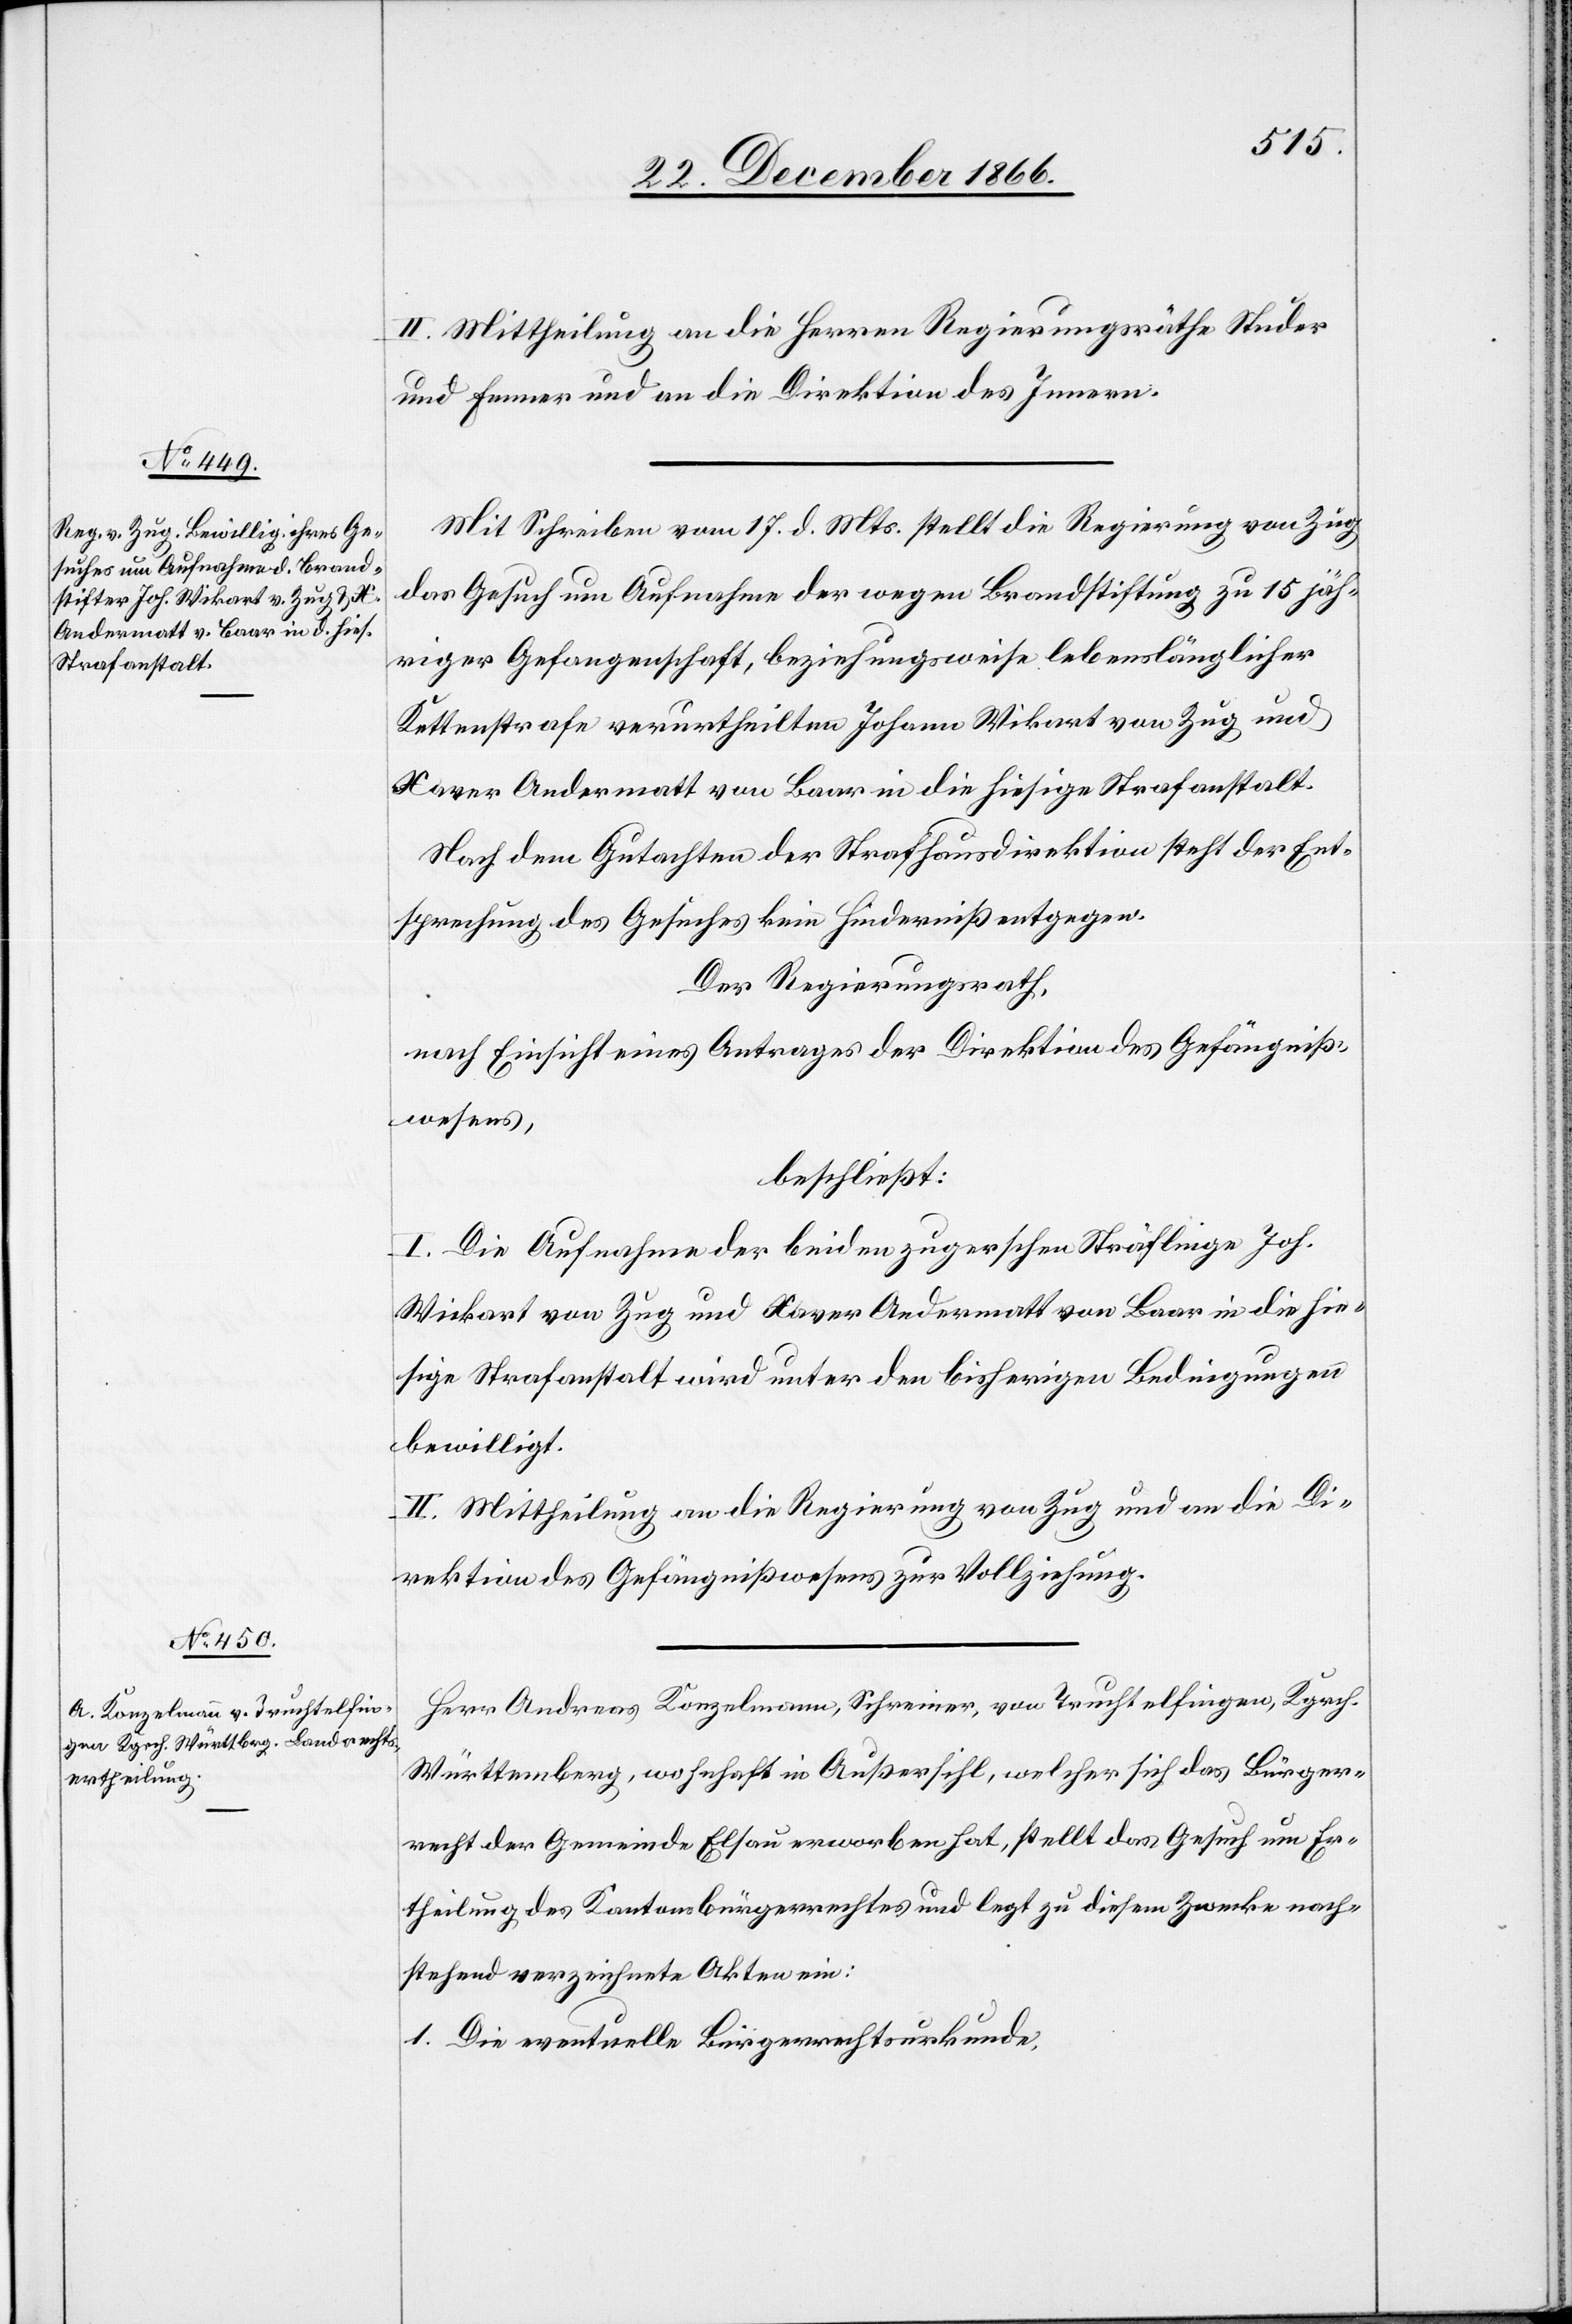
II. Mittheilung an die Herren Regierungsräthe Studer
und Fenner und an die Direktion des Innern.
Mit Schreiben vom 17. d. Mts. stellt die Regierung von Zug
das Gesuch um Aufnahme der wegen Brandstiftung zu 15 jäh¬
riger Gefangenschaft, beziehungsweise lebenslänglicher
Kettenstrafe verurtheilten Johann Wikart von Zug und
Xaver Andermatt von Baar in die hiesige Strafanstalt.
Nach dem Gutachten der Strafhausdirektion steht der Ent¬
sprechung des Gesuches kein Hinderniß entgegen.
Der Regierungsrath,
nach Einsicht eines Antrages der Direktion des Gefängniß¬
wesens,
beschließt:
I. Die Aufnahme der beiden zugerschen Sträflinge Joh.
[sic!] von Zug und Xaver Andermatt von Baar in die hie¬
sige Strafanstalt wird unter den bisherigen Bedingungen
bewilligt.
II. Mittheilung an die Regierung von Zug und an die Di¬
rektion des Gefängnißwesens zur Vollziehung.
Herr Andreas Konzelmann, Schreiner, von Truchtelfingen, Kgrch.
Württemberg, wohnhaft in Außersihl, welcher sich das Bürger¬
recht der Gemeinde Elsau erworben hat, stellt das Gesuch um Er¬
theilung des Kantonsbürgerrechtes und legt zu diesem Zwecke nach¬
stehend verzeichnete Akten ein:
1. Die eventuelle Bürgerrechtsurkunde,